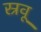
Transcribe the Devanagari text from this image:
स्रवू